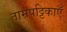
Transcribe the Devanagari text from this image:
ताम्रपट्टिकाएँ